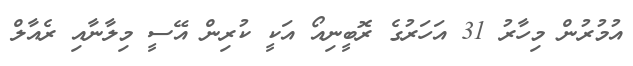
އުމުރުން މިހާރު 31 އަހަރުގެ ރޮބީނިއޯ އަކީ ކުރިން އޭސީ މިލާނާއި ރެއާލް